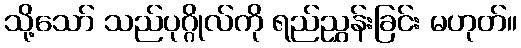
သို့သော် သည်ပုဂ္ဂိုလ်ကို ရည်ညွှန်းခြင်း မဟုတ်။